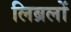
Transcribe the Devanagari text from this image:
लिब्रलों